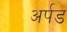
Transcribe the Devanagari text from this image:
अर्पड